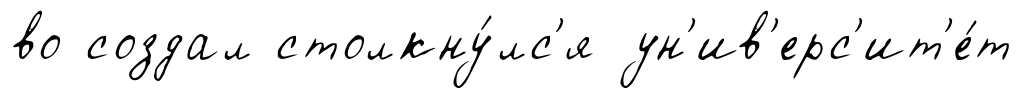
во создал столкну́лс'я ун'ив'ерс'ит'е́т